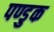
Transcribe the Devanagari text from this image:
पण्डुक